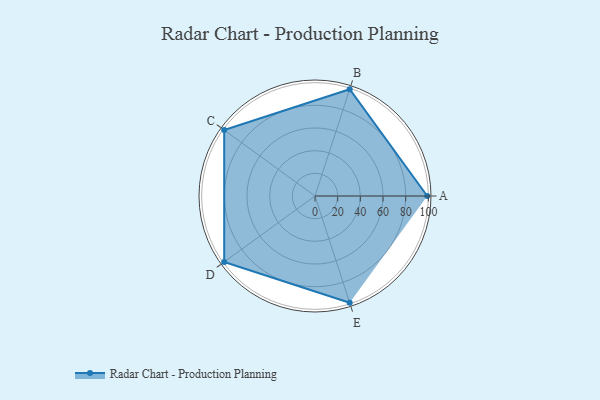
{"axis": {"x": "Skill", "y": "Score"}, "legend": ["Profile"], "data": [{"x": "A", "y": 99, "type": "Profile"}, {"x": "B", "y": 99, "type": "Profile"}, {"x": "C", "y": 99, "type": "Profile"}, {"x": "D", "y": 99, "type": "Profile"}, {"x": "E", "y": 99, "type": "Profile"}]}